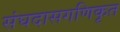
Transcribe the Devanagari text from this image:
संघदासगणिकृत